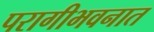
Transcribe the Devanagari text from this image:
परागीभवनात